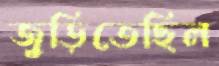
জুড়িতেছিল